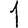
Digit: 1